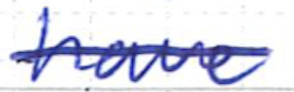
Text: have
Cross-out: mix
Writing tool: ballpoint